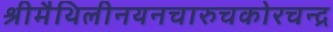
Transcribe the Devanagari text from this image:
श्रीमैथिलीनयनचारुचकोरचन्द्र